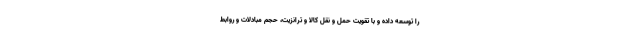
را توسعه داده و با تقویت حمل و نقل کالا و ترانزیت، حجم مبادلات و روابط